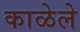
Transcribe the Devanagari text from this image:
काळेले